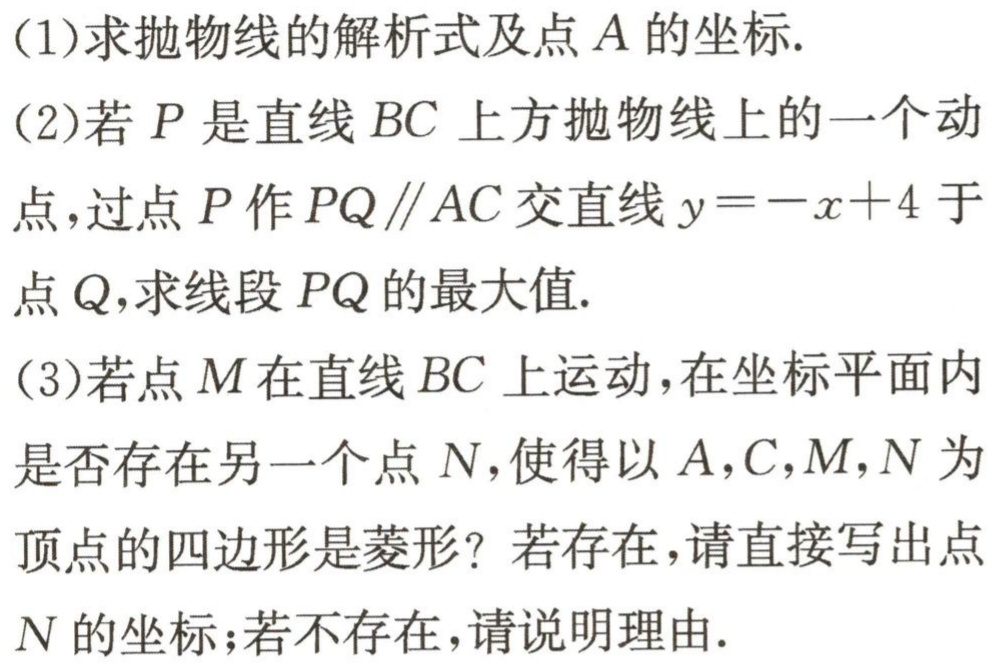
(1)求抛物线的解析式及点\(A\)的坐标.
(2)若\(P\)是直线\(BC\)上方抛物线上的一个动点，过点\(P\)作\(PQ\parallel AC\)交直线\(y = -x + 4\)于点\(Q\)，求线段\(PQ\)的最大值.
(3)若点\(M\)在直线\(BC\)上运动，在坐标平面内是否存在另一个点\(N\)，使得以\(A,C,M,N\)为顶点的四边形是菱形？若存在，请直接写出点\(N\)的坐标；若不存在，请说明理由.